Punjab Mental Hospital Lahore 1922-31 - 1922-1931
Year: 1922
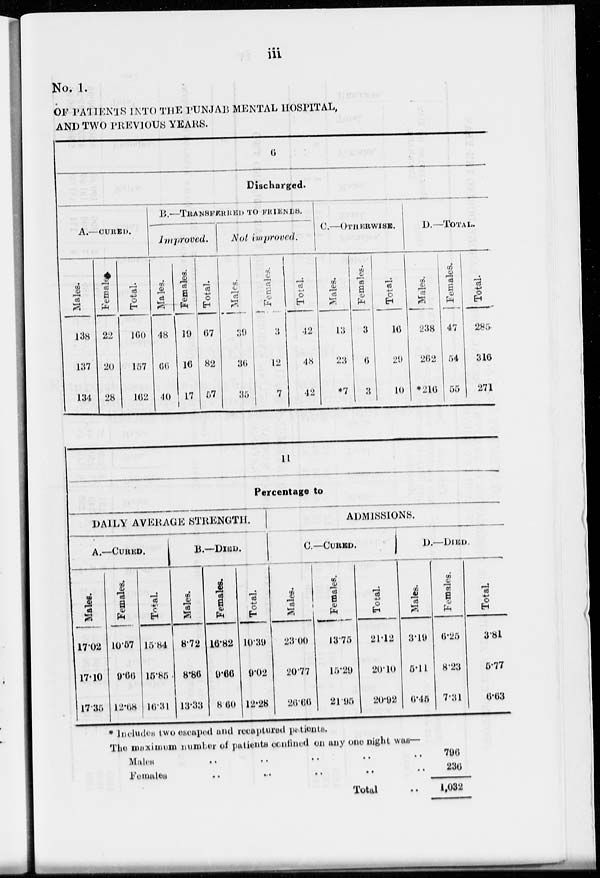
iii
No. 1.
OF PATIENTS INTO THE PUNJAB MENTAL HOSPITAL,
AND TWO PREVIOUS YEARS.
6
Discharged.
A.—CURED.
Males.
138
137
134
Females.
22
20
28
Total.
160
157
162
B.—TRANSFERRED
TO FRIENDS.
Improved.
Males.
48
66
40
Females.
19
16
17
Total.
67
82
57
Not improved.
Males.
39
36
35
Females.
3
12
7
Total.
42
48
42
C.—OTHERWISE.
Males.
13
23
*7
Females.
3
6
3
Total.
16
29
10
D.—TOTAL.
Males.
238
262
*216
Females.
47
54
55
Total.
285
316
271
11
Percentage to
DAILY AVERAGE STRENGTH.
A.—CURED.
Males.
17.02
17.10
17.35
Females.
10.57
9.66
12.68
Total.
15.84
15.85
10.31
B.—DIED.
Males.
8.72
8.86
13.33
Females.
16.82
9.66
8.60
Total.
10.39
9.02
12.28
ADMISSIONS.
C— CURED.
Males.
23.00
20.77
26.66
Females.
13.75
15.29
21.95
Total.
21.12
20.10
20.92
D.—DIED.
Males.
3.19
5.11
6.45
Females.
6.25
8.23
7.31
Total.
3.81
5.77
6.63
* Included two escaped and recaptured patients.
The maximum number of patients confined on any one night was—
Males .. .. .. .. ..
Females .. .. .. .. ..
Total ..
796
236
1,032